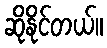
ဆိုနိုင်တယ်။